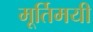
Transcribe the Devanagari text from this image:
मूर्तिमयी